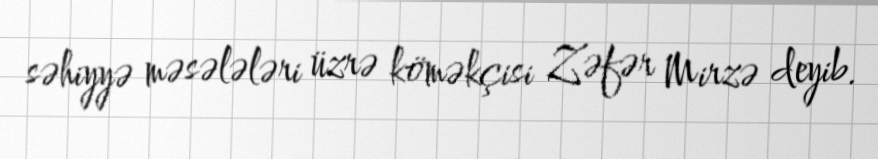
səhiyyə məsələləri üzrə köməkçisi Zəfər Mirzə deyib.